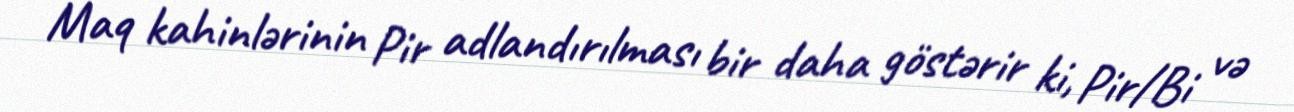
Maq kahinlərinin Pir adlandırılması bir daha göstərir ki, Pir/Bi və